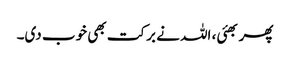
پھر بھئی، اللہ نے برکت بھی خوب دی۔